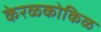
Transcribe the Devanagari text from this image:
केरळकोकिळ